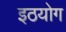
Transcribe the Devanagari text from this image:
इठयोग